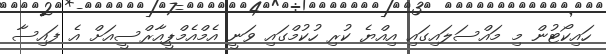
ހައިކޯޓުން މި މައްސަލައިގައި އިއްޔެ ކުރި ހުކުމްގައި ވަނީ އެމްއެމްޕީއާރްސީއަށް އެ ފައިސާ